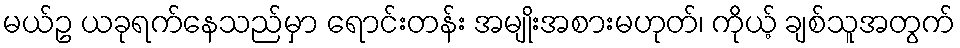
မယ်ဥ ယခုရက်နေသည်မှာ ရောင်းတန်း အမျိုးအစားမဟုတ်၊ ကိုယ့် ချစ်သူအတွက်